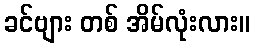
ခင်ဗျား တစ် အိမ်လုံးလား။